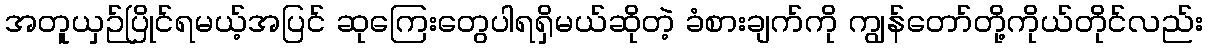
အတူယှဉ်ပြိုင်ရမယ့်အပြင် ဆုကြေးတွေပါရရှိမယ်ဆိုတဲ့ ခံစားချက်ကို ကျွန်တော်တို့ကိုယ်တိုင်လည်း